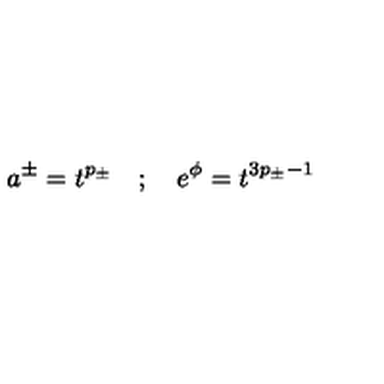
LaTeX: a ^ { \pm } = t ^ { p _ { \pm } } \quad ; \quad e ^ { \phi } = t ^ { 3 p _ { \pm } - 1 }